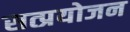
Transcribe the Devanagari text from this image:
सत्प्रयोजन